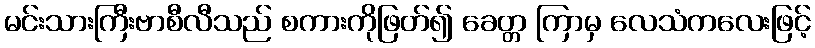
မင်းသားကြီးဗာစီလီသည် စကားကိုဖြတ်၍ ခေတ္တ ကြာမှ လေသံကလေးဖြင့်